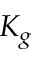
K _ { g }